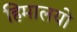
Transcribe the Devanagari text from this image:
हिमालयो